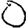
Digit: 0